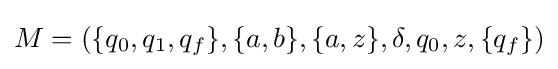
M=(\{q_{0},q_{1},q_{f}\},\{a,b\},\{a,z\},\delta ,q_{0},z,\{q_{f}\})